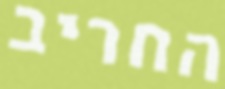
החריב